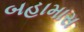
બહામાસ